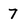
Character: 7